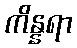
ကိန္နရာ